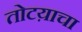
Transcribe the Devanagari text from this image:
तोटय़ाचा